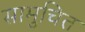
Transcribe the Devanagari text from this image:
सामुचित